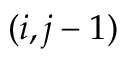
( i , j - 1 )